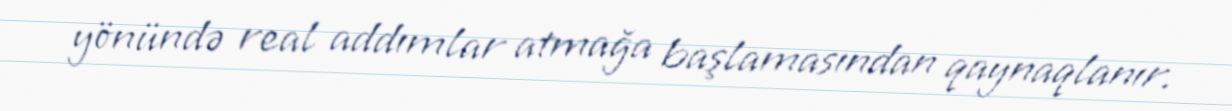
yönündə real addımlar atmağa başlamasından qaynaqlanır.